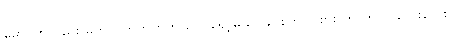
မောင်ကလည်း မဟုတ်ကဟုတ်က ပြောရော့မယ်၊ ခင်စိတ်ဝင်စား တာက ကလေးလေးလို